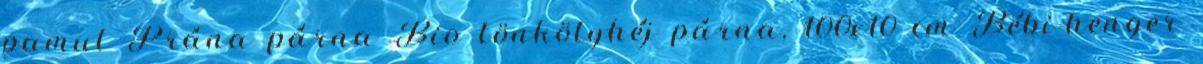
pamut Prána párna Bio tönkölyhéj párna, 100x10 cm Bébi-henger